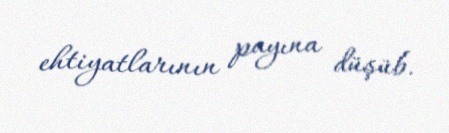
ehtiyatlarının payına düşüb.